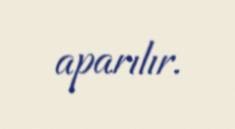
aparılır.